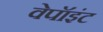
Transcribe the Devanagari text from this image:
वेपॉइंट